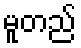
မူတည်